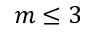
m \le 3